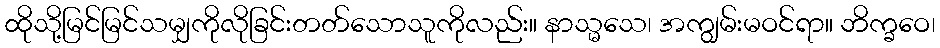
ထိုသို့မြင်မြင်သမျှကိုလိုခြင်းတတ်သောသူကိုလည်း။ နာသ္မသေ၊ အကျွမ်းမဝင်ရာ။ ဘိက္ခဝေ၊